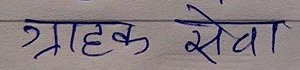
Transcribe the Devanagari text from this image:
ग्राहक सेवा